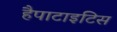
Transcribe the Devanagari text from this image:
हैपाटाइटिस